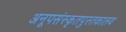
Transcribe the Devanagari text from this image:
अनूपसंस्कृतपुस्तकालय